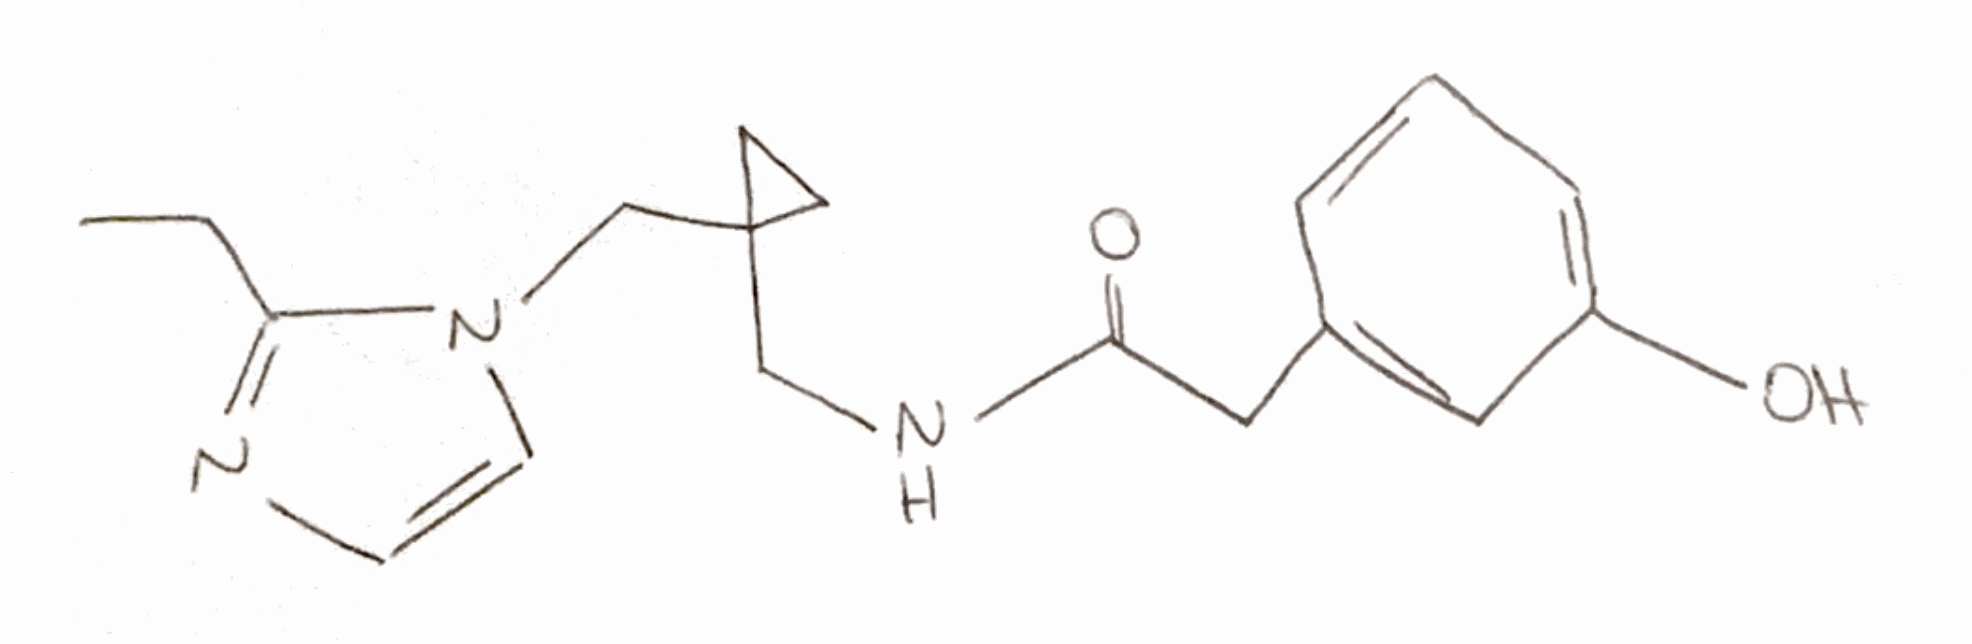
Simplified molecular-input line-entry system (SMILES) notation of the given molecule:
CCC1=NC=CN1CC2(CC2)CNC(=O)CC3=CC(=CC=C3)O